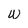
Character: W